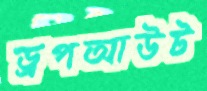
ড্রপআউট